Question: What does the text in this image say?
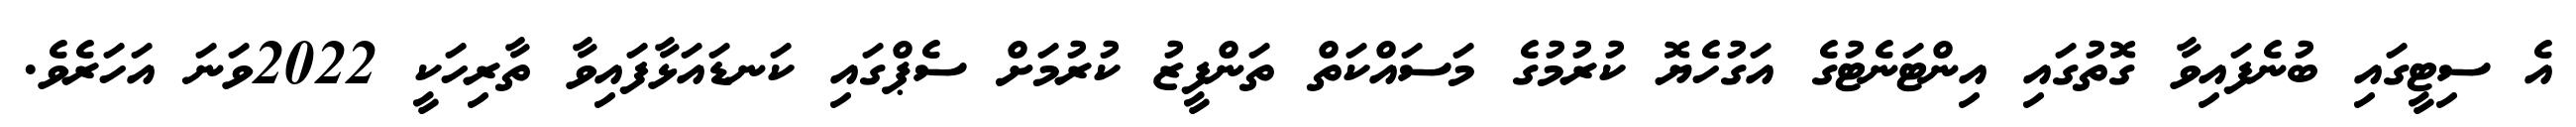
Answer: އެ ސިޓީގައި ބުނެފައިވާ ގޮތުގައި އިންޓަނެޓުގެ އަގުހެޔޮ ކުރުމުގެ މަސައްކަތް ތަންފީޒު ކުރުމަށް ސެޕްގައި ކަނޑައަޅާފައިވާ ތާރިހަކީ 2022ވަނަ އަހަރެވެ.